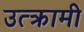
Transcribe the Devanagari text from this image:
उत्क्रामी